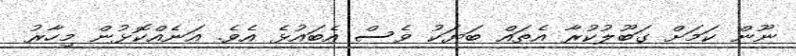
ނޫން ކަމަށް ގަބޫލުކުރާ އެތައް ބަޔަކު ވެސް އެބައުޅެ އެވެ. އަނެއްކޮޅުން މިހާރު